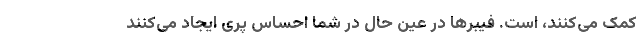
کمک می‌کنند، است. فیبرها در عین حال در شما احساس پری ایجاد می‌کنند